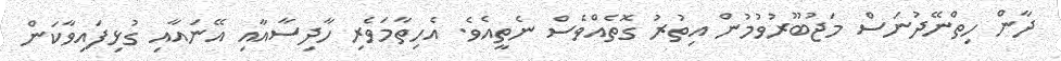
ދާން ހިތްނޭދުނަސް މަޖުބޫރުވުމުން އިތުރު ގޮތެއްވެސް ނެތީއެވެ. އެހިތާމަވެރި ހާދިސާއާއި އޭނައާއި ގުޅިފައިވާކަން